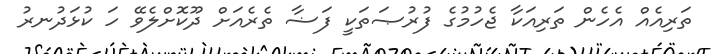
ތަރިއެއް އެހެން ތަރިއަކާ ޖެހުމުގެ ފުރުޞަތަކީ ފަޟާ ތެރެއަށް ދޫކޮށްލެވޭ ހަ ކުޅަދުނރު